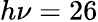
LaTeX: h\nu=26